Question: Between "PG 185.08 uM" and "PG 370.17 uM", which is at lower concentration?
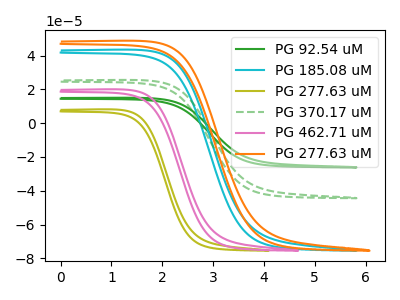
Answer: <think>The green curve "PG 92.54 uM" has no peaks. The cyan curve "PG 185.08 uM" has no peaks. The olive curve "PG 277.63 uM" has no peaks. The green dashed curve "PG 370.17 uM" has no peaks. The pink curve "PG 462.71 uM" has no peaks. The orange curve "PG 277.63 uM" has no peaks.
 Neither "PG 185.08 uM" or "PG 370.17 uM" have any peaks.</think>
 <answer>I cant tell if "PG 185.08 uM" or "PG 370.17 uM" has higher concentration.</answer>
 <eval>mixed_concentration</eval>